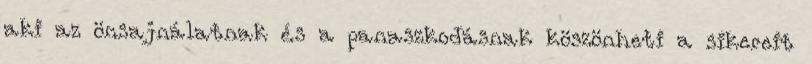
aki az önsajnálatnak és a panaszkodásnak köszönheti a sikereit